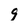
Character: 9